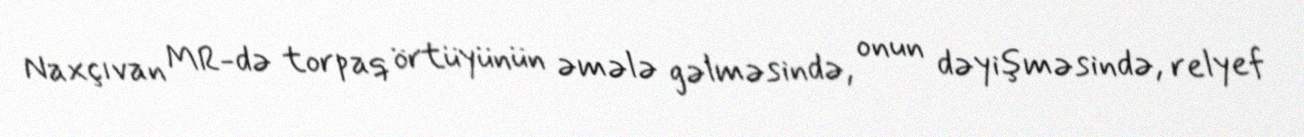
Naxçıvan MR-də torpaq örtüyünün əmələ gəlməsində, onun dəyişməsində, relyef